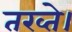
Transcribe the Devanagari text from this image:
तख्ते।